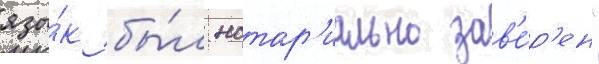
язы́к бы́л нотар'иально зав'е́р'ен"